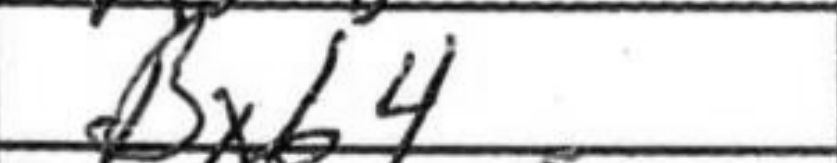
Transcription: Bxb4